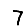
Digit: 7